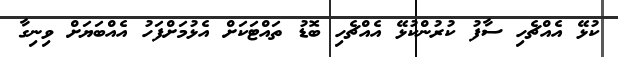
ކުޅޭ އެއްޗެހި ސާފު ކުރުންކުޅޭ އެއްޗެހި ބޮޑު ތައްޓަކަށް އެޅުމަށްފަހު އެއްބަޔަށް ވިނިގާ